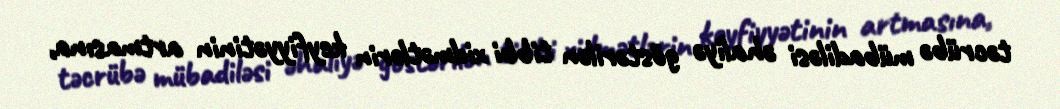
təcrübə mübadiləsi əhaliyə göstərilən tibbi xidmətlərin keyfiyyətinin artmasına,